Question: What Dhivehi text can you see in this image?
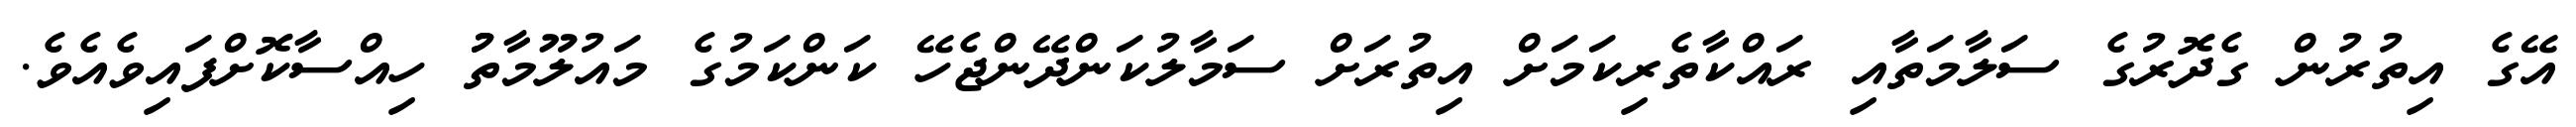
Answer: އޭގެ އިތުރުން ގެދޮރުގެ ސަލާމަތާއި ރައްކާތެރިކަމަށް އިތުރަށް ސަމާލުކަންދޭންޖެހޭ ކަންކަމުގެ މައުލޫމާތުު ހިއްސާކޮށްފައިވެއެވެ.